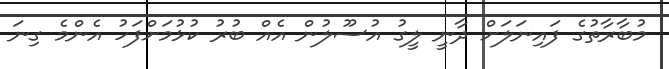
މުބާރާތުގެ ފައިނަލަށް ދާނީ ލީގު އުސޫލުން އެއް ބުރު ކުޅުމަށްފަހު އެންމެ ގިނަ